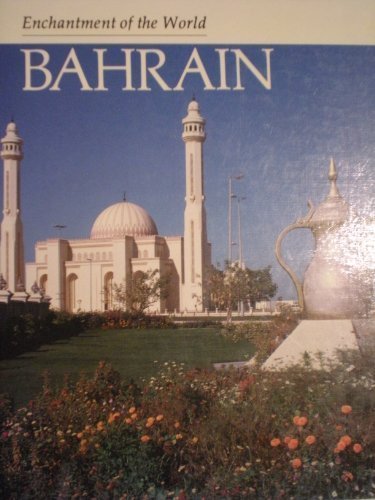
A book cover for Bahrain (Enchantment of the World); Mary Virginia Fox; History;